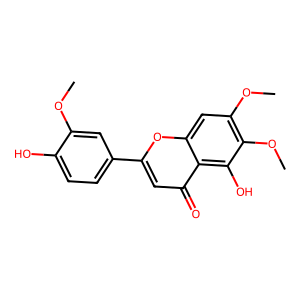
SMILES: COc1cc(-c2cc(=O)c3c(O)c(OC)c(OC)cc3o2)ccc1O
Inhibits HIV replication: No